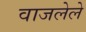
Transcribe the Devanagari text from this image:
वाजलेले